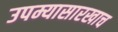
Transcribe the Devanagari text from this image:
उपम्यासारखाच